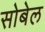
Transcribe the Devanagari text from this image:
सोबेल